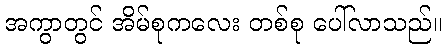
အကွာတွင် အိမ်စုကလေး တစ်စု ပေါ်လာသည်။